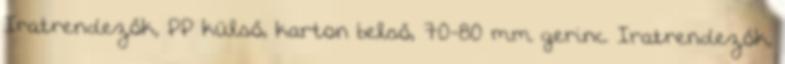
Iratrendezők, PP külső, karton belső, 70-80 mm gerinc Iratrendezők,